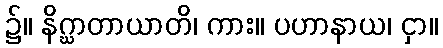
၌။ နိဂ္ဃာတာယာတိ၊ ကား။ ပဟာနာယ၊ ငှာ။